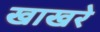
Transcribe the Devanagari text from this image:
खाखरे